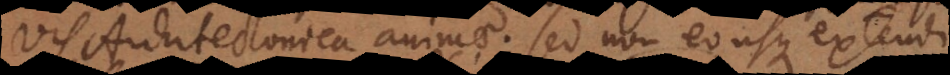
vis Architectonica animae; sed non eousque extendi